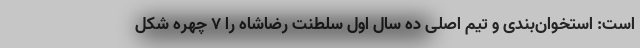
است: استخوان‌بندی و تیم اصلی ده سال اول سلطنت رضاشاه را 7 چهره شکل